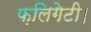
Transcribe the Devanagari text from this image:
फ़लिगेटी।